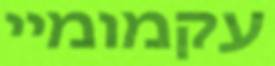
עקמומיי